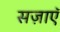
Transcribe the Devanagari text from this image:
सज़ाएॅ